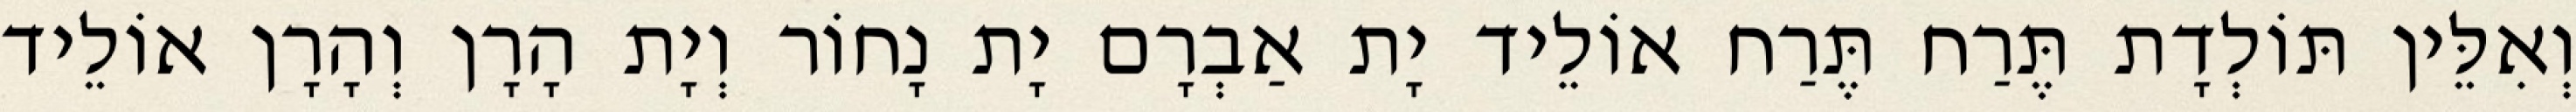
וְאִלֵּין תּוֹלְדָת תֶּרַח תֶּרַח אוֹלֵיד יָת אַבְרָם יָת נָחוֹר וְיָת הָרָן וְהָרָן אוֹלֵיד